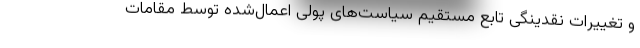
و تغییرات نقدینگی تابع مستقیم سیاست‌های پولی اعمال‌شده توسط مقامات